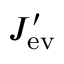
J _ { \mathrm { e v } } ^ { \prime }